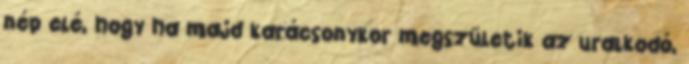
nép elé, hogy ha majd karácsonykor megszületik az uralkodó,